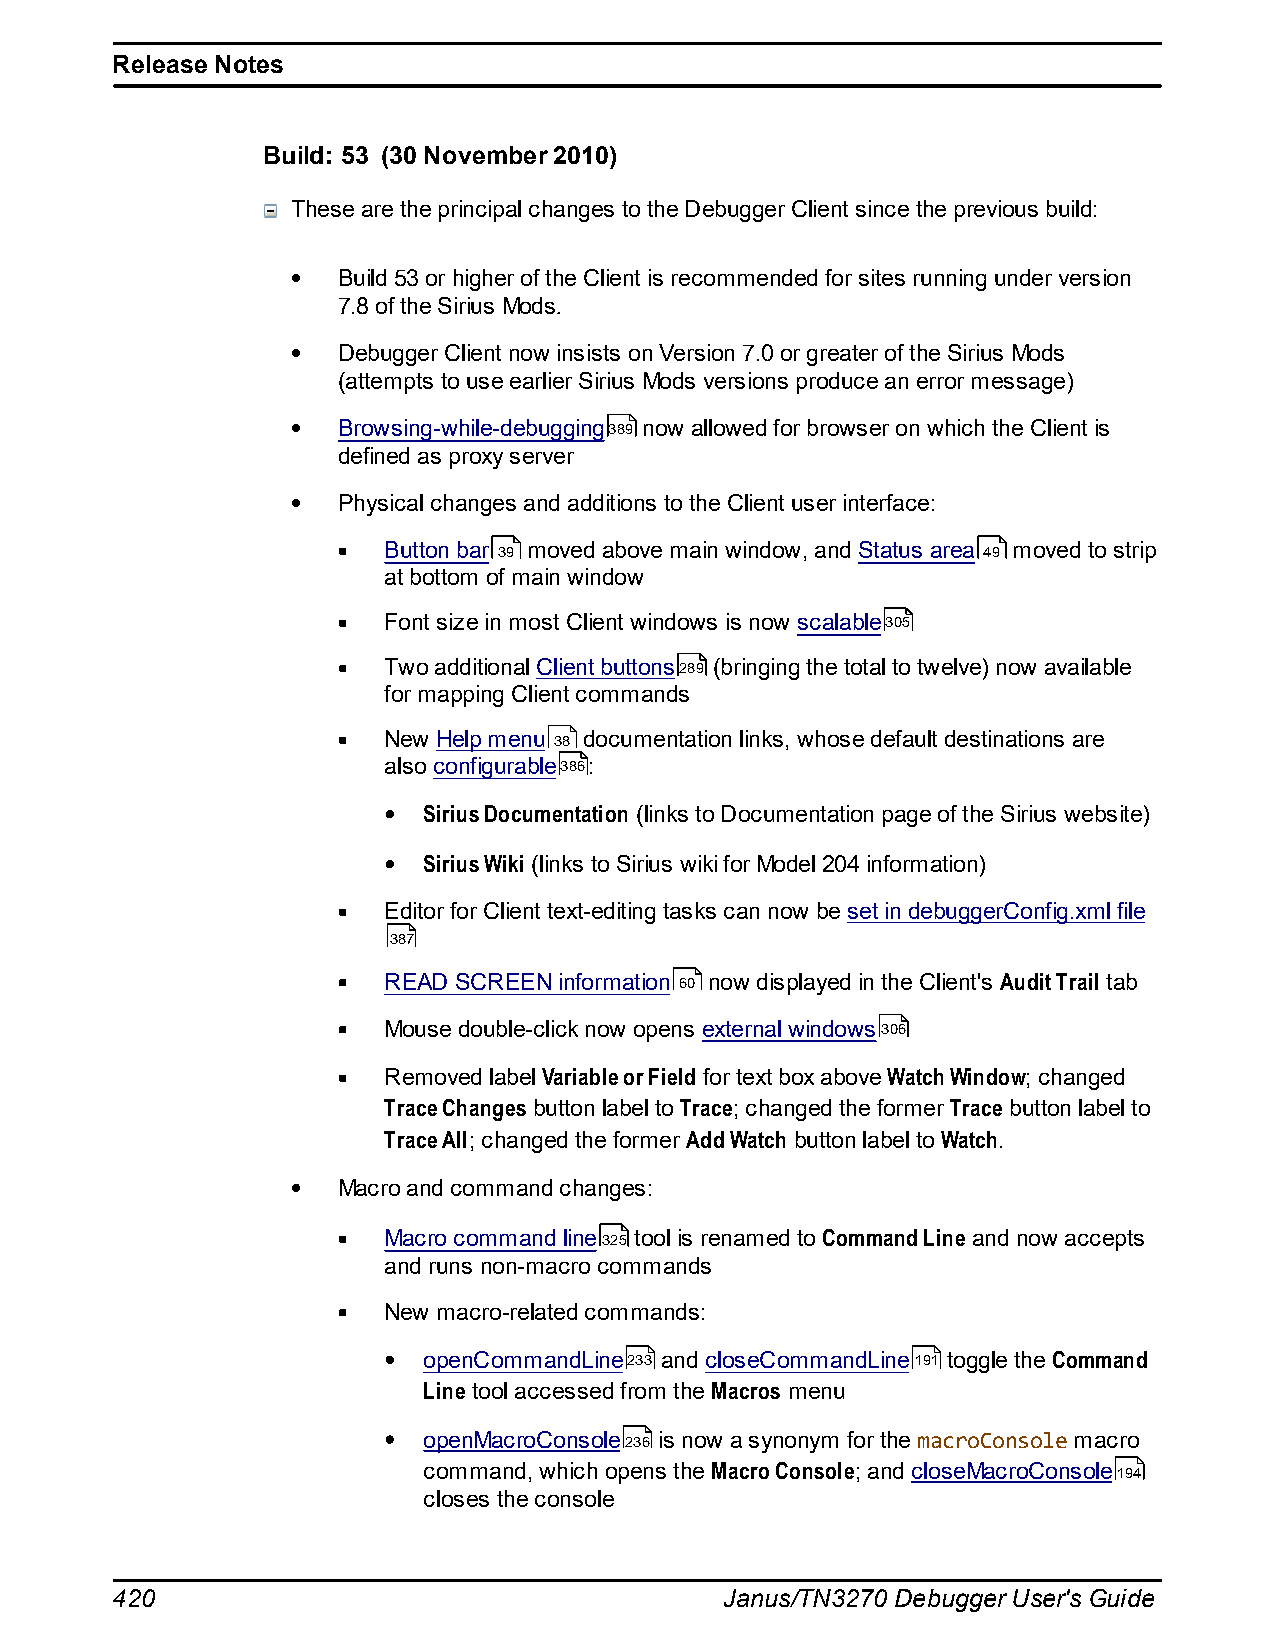
Release Notes
 Build: 53 (30 November 2010)
 These are the principal changes to the Debugger Client since the previous build:
 Build 53 or higher of the Client is recommended for sites running under version
 7.8 of the Sirius Mods.
 Debugger Client now insists on Version 7.0 or greater of the Sirius Mods
 (attempts to use earlier Sirius Mods versions produce an error message)
 Browsing-while-debugging389 now allowed for browser on which the Client is
 defined as proxy server
 Physical changes and additions to the Client user interface:
 Button bar 39 moved above main window, and Status area 49 moved to strip
 at bottom of main window
 Font size in most Client windows is now scalable305
 Two additional Client buttons289 (bringing the total to twelve) now available
 for mapping Client commands
 New Help menu 38 documentation links, whose default destinations are
 also configurable386:
 Sirius Documentation (links to Documentation page of the Sirius website)
 Sirius Wiki (links to Sirius wiki for Model 204 information)
 Editor for Client text-editing tasks can now be set in debuggerConfig.xml file
 387
 READ SCREEN information 60 now displayed in the Client's Audit Trail tab
 Mouse double-click now opens external windows306
 Removed label Variable or Field for text box above Watch Window; changed
 Trace Changes button label to Trace; changed the former Trace button label to
 Trace All; changed the former Add Watch button label to Watch.
 Macro and command changes:
 Macro command line325 tool is renamed to Command Line and now accepts
 and runs non-macro commands
 New macro-related commands:
 openCommandLine233 and closeCommandLine191 toggle the Command
 Line tool accessed from the Macros menu
 openMacroConsole236 is now a synonym for the macroConsole macro
 command, which opens the Macro Console; and closeMacroConsole194
 closes the console
 420                                      Janus/TN3270 Debugger User's Guide